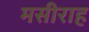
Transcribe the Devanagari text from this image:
मसीराह